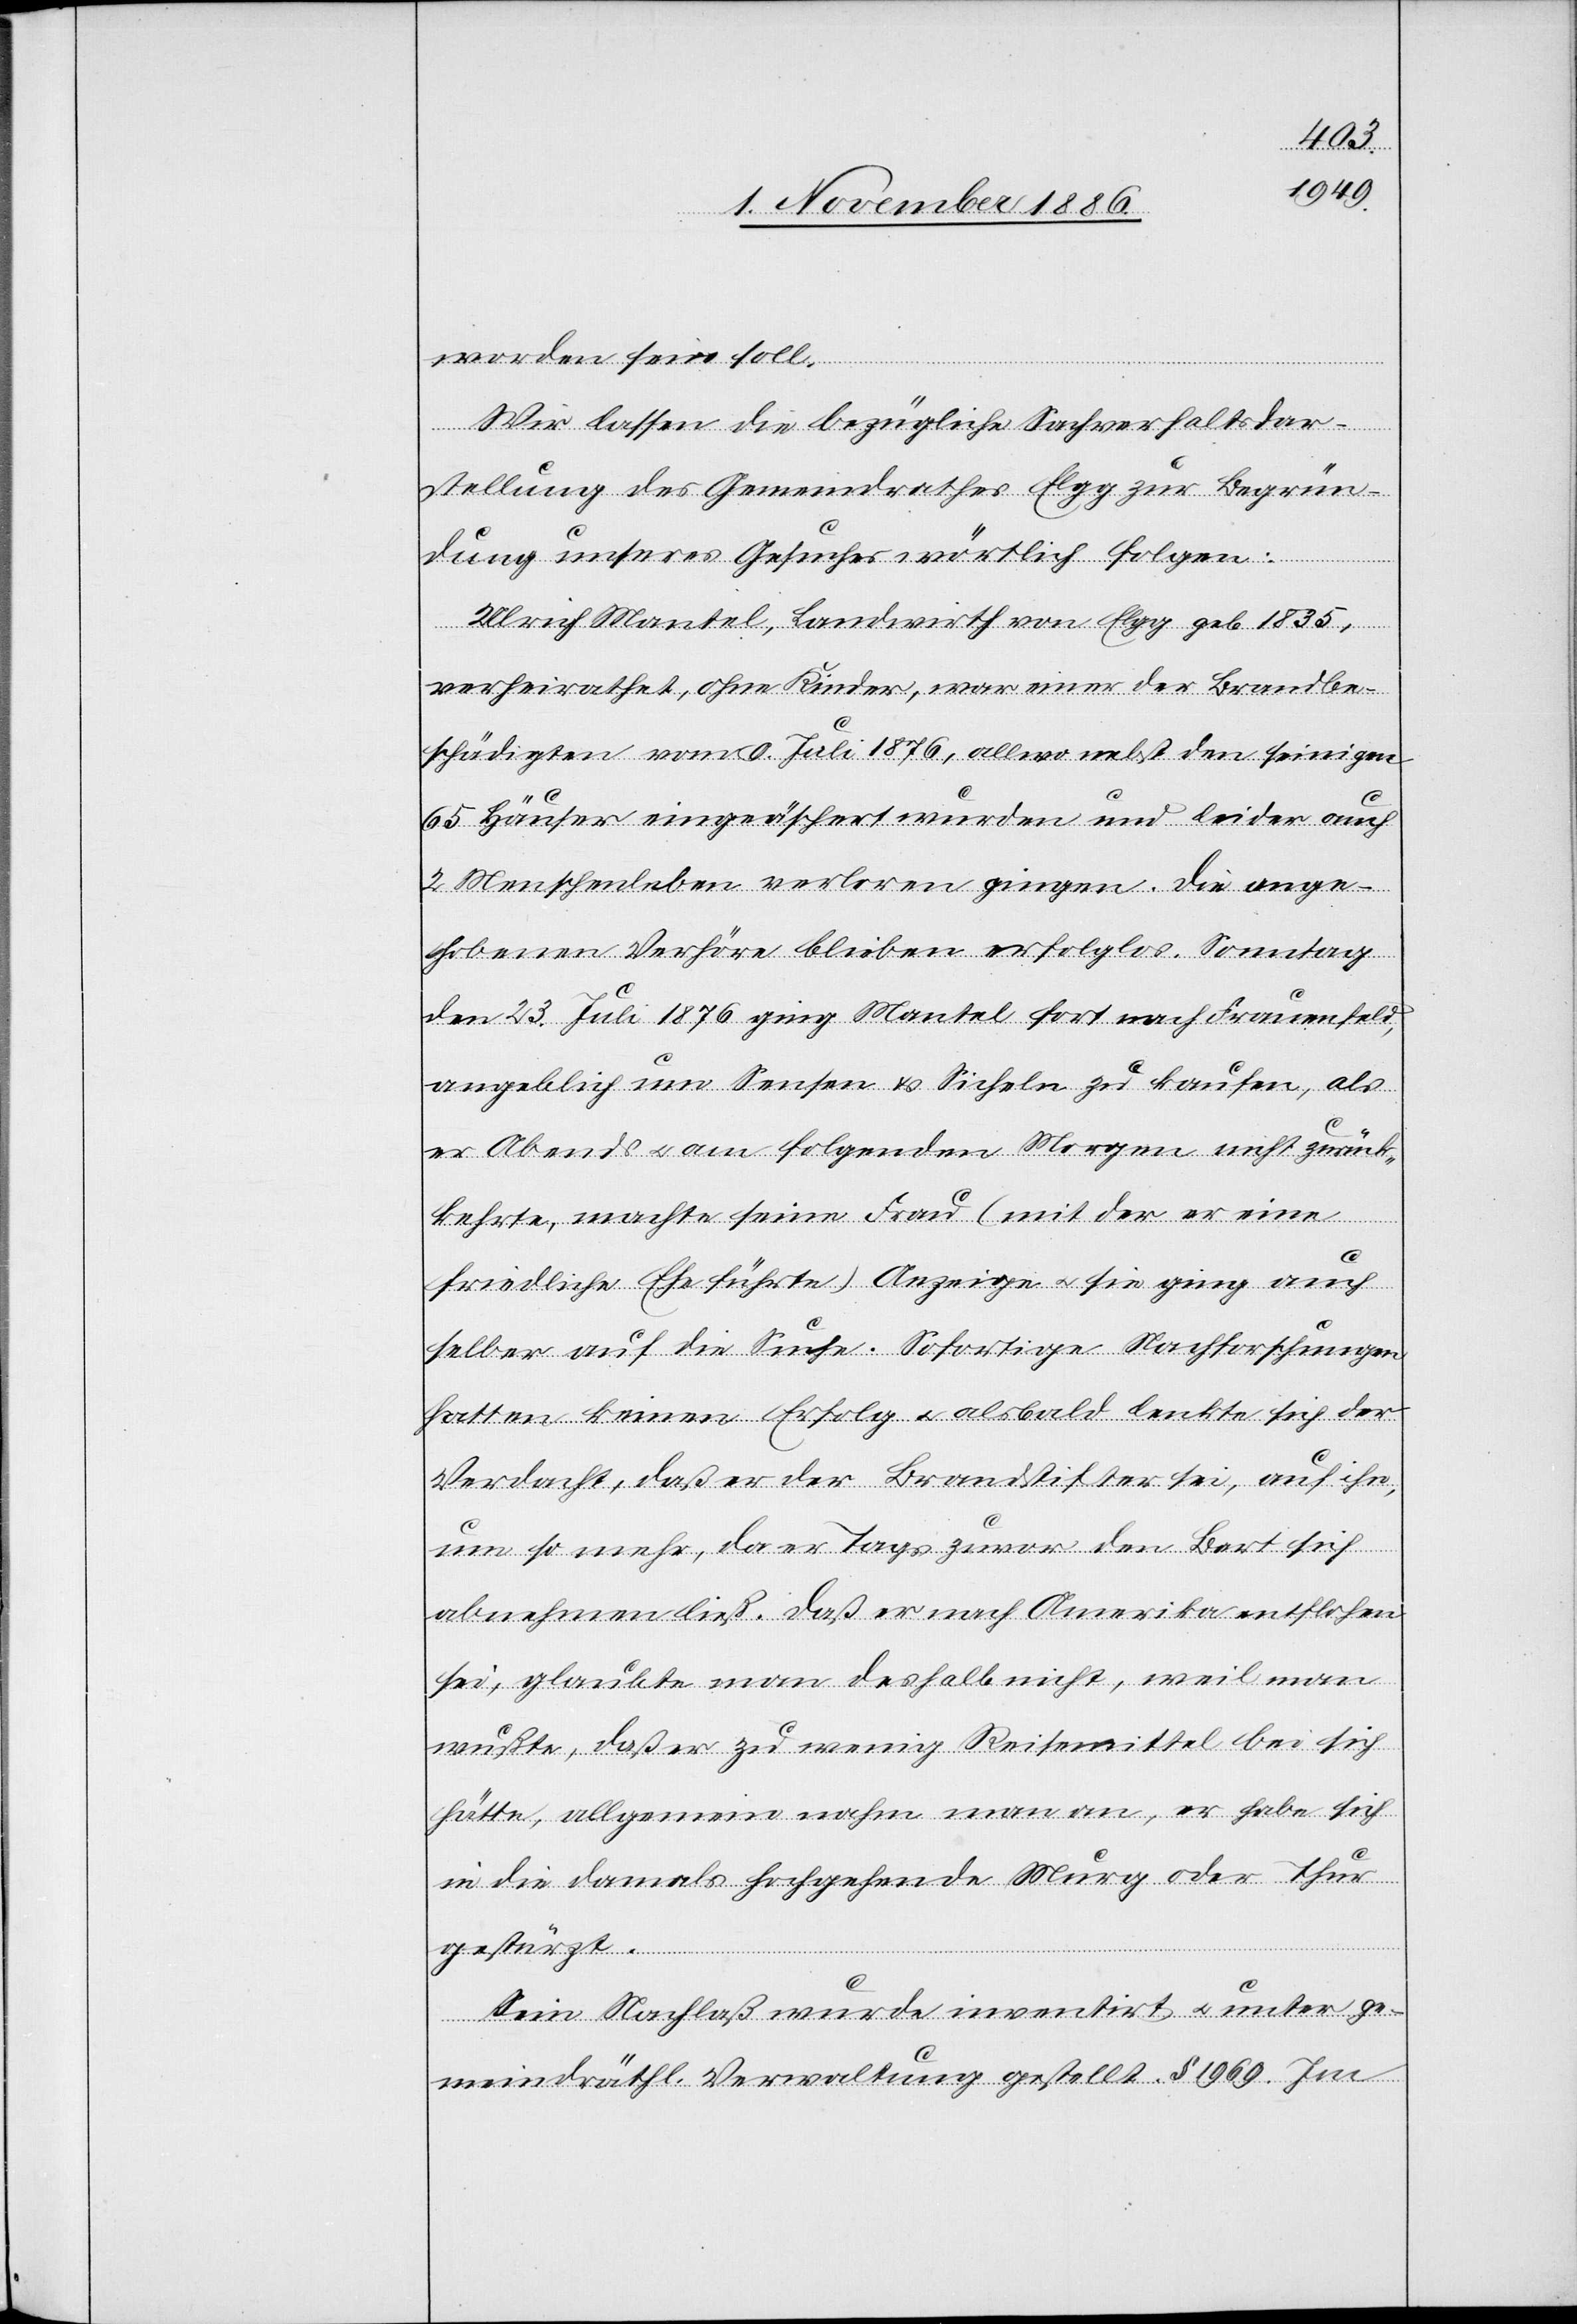
worden sein soll.
Wir lassen die bezügliche Sachverhaltsdar¬
stellung des Gemeindrathes Elgg zur Begrün¬
dung unseres Gesuches wörtlich folgen:
Ulrich Mantel, Landwirth von Elgg geb. 1835,
verheirathet, ohne Kinder, war einer der Brandbe¬
schädigten vom 9. Juli 1876, allwo nebst den seinigen
65 Häuser eingeäschert wurden und leider auch
2 Menschenleben verloren gingen. Die ange¬
hobenen Verhöre blieben erfolglos. Sonntag
den 23. Juli 1876 ging Mantel fort nach Frauenfeld,
angeblich um Sensen & Sicheln zu kaufen, als
er Abends & am folgenden Morgen nicht zurück¬
kehrte, machte seine Frau (mit der er eine
friedliche Ehe führte) Anzeige & sie ging auch
selber auf die Suche. Sofortige Nachforschungen
hatten keinen Erfolg & alsbald lenkte sich der
Verdacht, daß er der Brandstifter sei, auf ihn,
um so mehr, da er Tags zuvor den Bart sich
abnehmen ließ. Daß er nach Amerika entflohen
sei, glaubte man deshalb nicht, weil man
wußte, daß er zu wenig Reisemittel bei sich
hätte, allgemein nahm man an, er habe sich
in die damals hochgehende Murg oder Thur
gestürzt.
Sein Nachlaß wurde inventirt & unter ge¬
meindräthl. Verwaltung gestellt. § 1969. Im